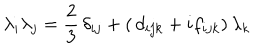
LaTeX: \lambda _ { i } \lambda _ { j } = \frac { 2 } { 3 } \, \delta _ { i j } + ( \, d _ { i j k } + i f _ { i j k } ) \, \lambda _ { k }